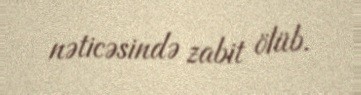
nəticəsində zabit ölüb.